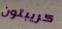
كريبتون